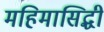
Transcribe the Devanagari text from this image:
महिमासिद्धी